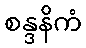
စန္ဒနိကံ